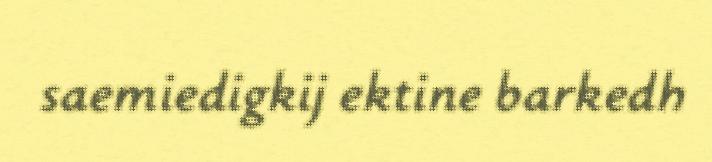
saemiedigkij ektine barkedh